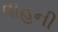
વાહની